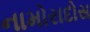
નામોરાદોસ